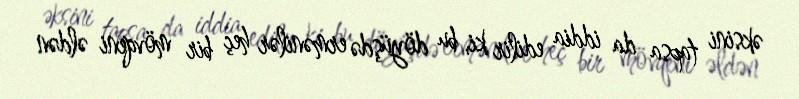
əksini tapsa da iddia edilir ki, bu döyüşdə ermənilər heç bir mövqeni əldən